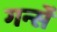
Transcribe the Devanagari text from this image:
गर्न्से